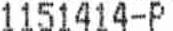
1151414-P